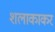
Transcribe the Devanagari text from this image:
शलाकाकर